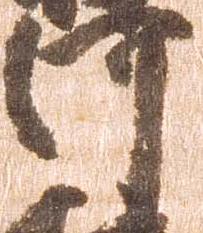
河